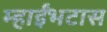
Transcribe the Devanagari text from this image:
म्हाईंभटास